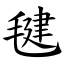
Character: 毽